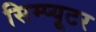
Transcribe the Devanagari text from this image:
सिम्प्यूटर